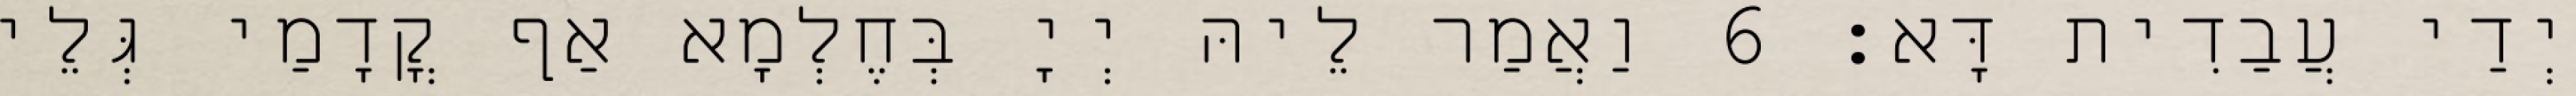
יְדַי עֲבַדִית דָּא׃ 6 וַאֲמַר לֵיהּ יְיָ בְּחֶלְמָא אַף קֳדָמַי גְּלֵי